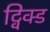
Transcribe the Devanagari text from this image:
ट्विक्ड